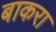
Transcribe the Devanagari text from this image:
बाकरा